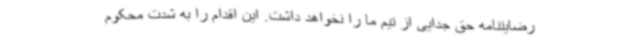
رضایتنامه حق جدایی از تیم ما را نخواهد داشت. این اقدام را به شدت محکوم